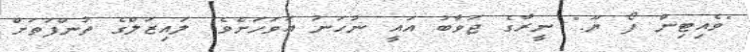
"ވެއިޓިން ފޯ ޔޫ." ނީރާގެ ޖަވާބު އައީ ނުހަނު އަވަހަށެވެ. ލައިޒަލްގެ ތުންފަތަށް